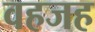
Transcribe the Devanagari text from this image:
वहजह